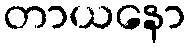
တာယနော